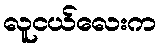
လူငယ်လေးက